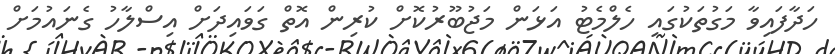
ހަދާފައިވާ މަގުތަކުގައި ހެލްމެޓު އަޅަން މަޖުބޫރުކޮށް ކުރިން އޮތް ގަވައިދަށް އިސްލާހު ގެނައުމަށް